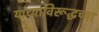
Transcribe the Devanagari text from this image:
यांच्याविरूद्धच्या